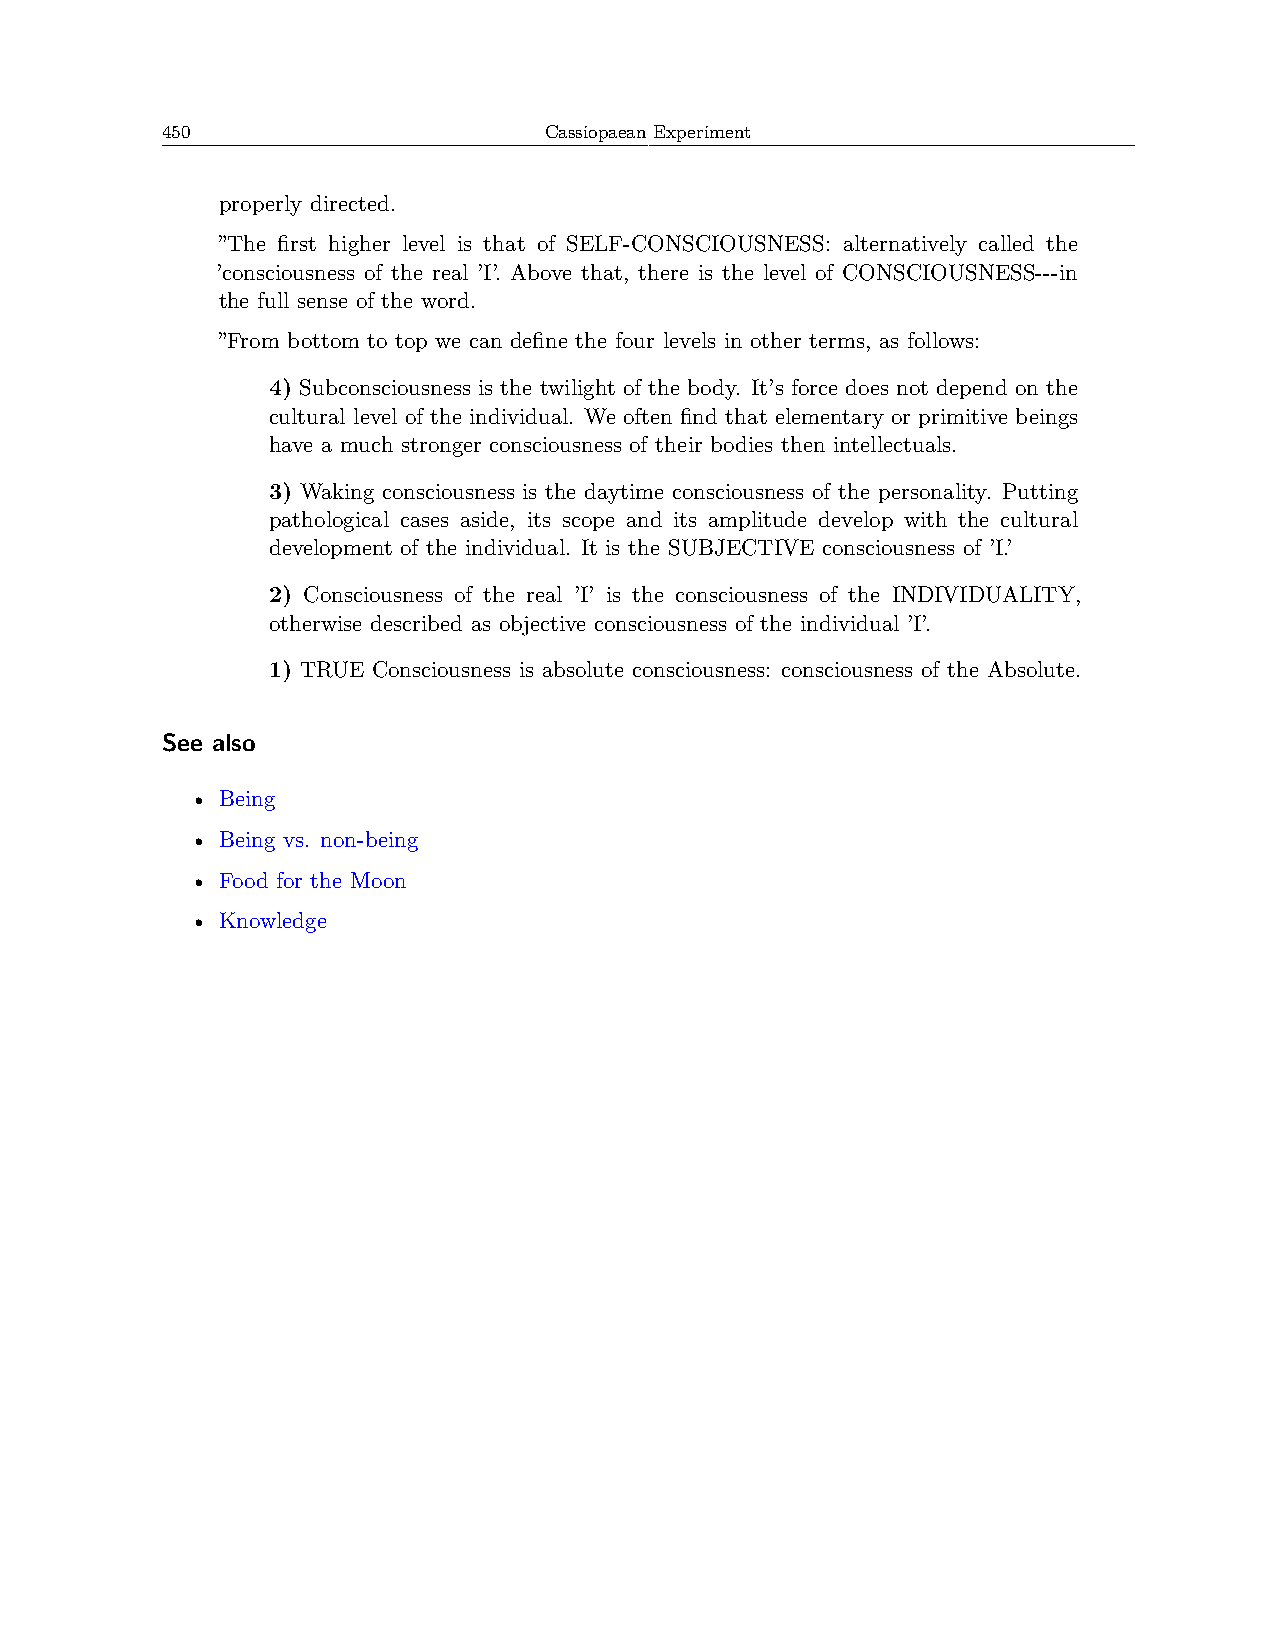
450                      Cassiopaean Experiment
 properly directed.
 ”The first higher level is that of SELF-CONSCIOUSNESS: alternatively called the
 ’consciousness of the real ’I’. Above that, there is the level of CONSCIOUSNESS---in
 the full sense of the word.
 ”From bottom to top we can define the four levels in other terms, as follows:
 4) Subconsciousness is the twilight of the body. It’s force does not depend on the
 cultural level of the individual. We often find that elementary or primitive beings
 have a much stronger consciousness of their bodies then intellectuals.
 3) Waking consciousness is the daytime consciousness of the personality. Putting
 pathological cases aside, its scope and its amplitude develop with the cultural
 development of the individual. It is the SUBJECTIVE consciousness of ’I.’
 2) Consciousness of the real ’I’ is the consciousness of the INDIVIDUALITY,
 otherwise described as objective consciousness of the individual ’I’.
 1) TRUE Consciousness is absolute consciousness: consciousness of the Absolute.
 See also
 • Being
 • Being vs. non-being
 • Food for the Moon
 • Knowledge